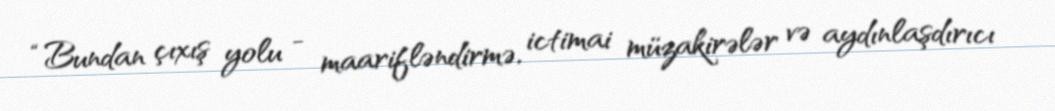
“Bundan çıxış yolu - maarifləndirmə, ictimai müzakirələr və aydınlaşdırıcı